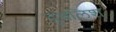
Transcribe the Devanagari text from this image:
दुबलिश